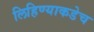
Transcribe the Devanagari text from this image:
लिहिण्याकडेच